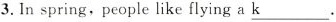
3. In spring,people like flying a \underline{k}.